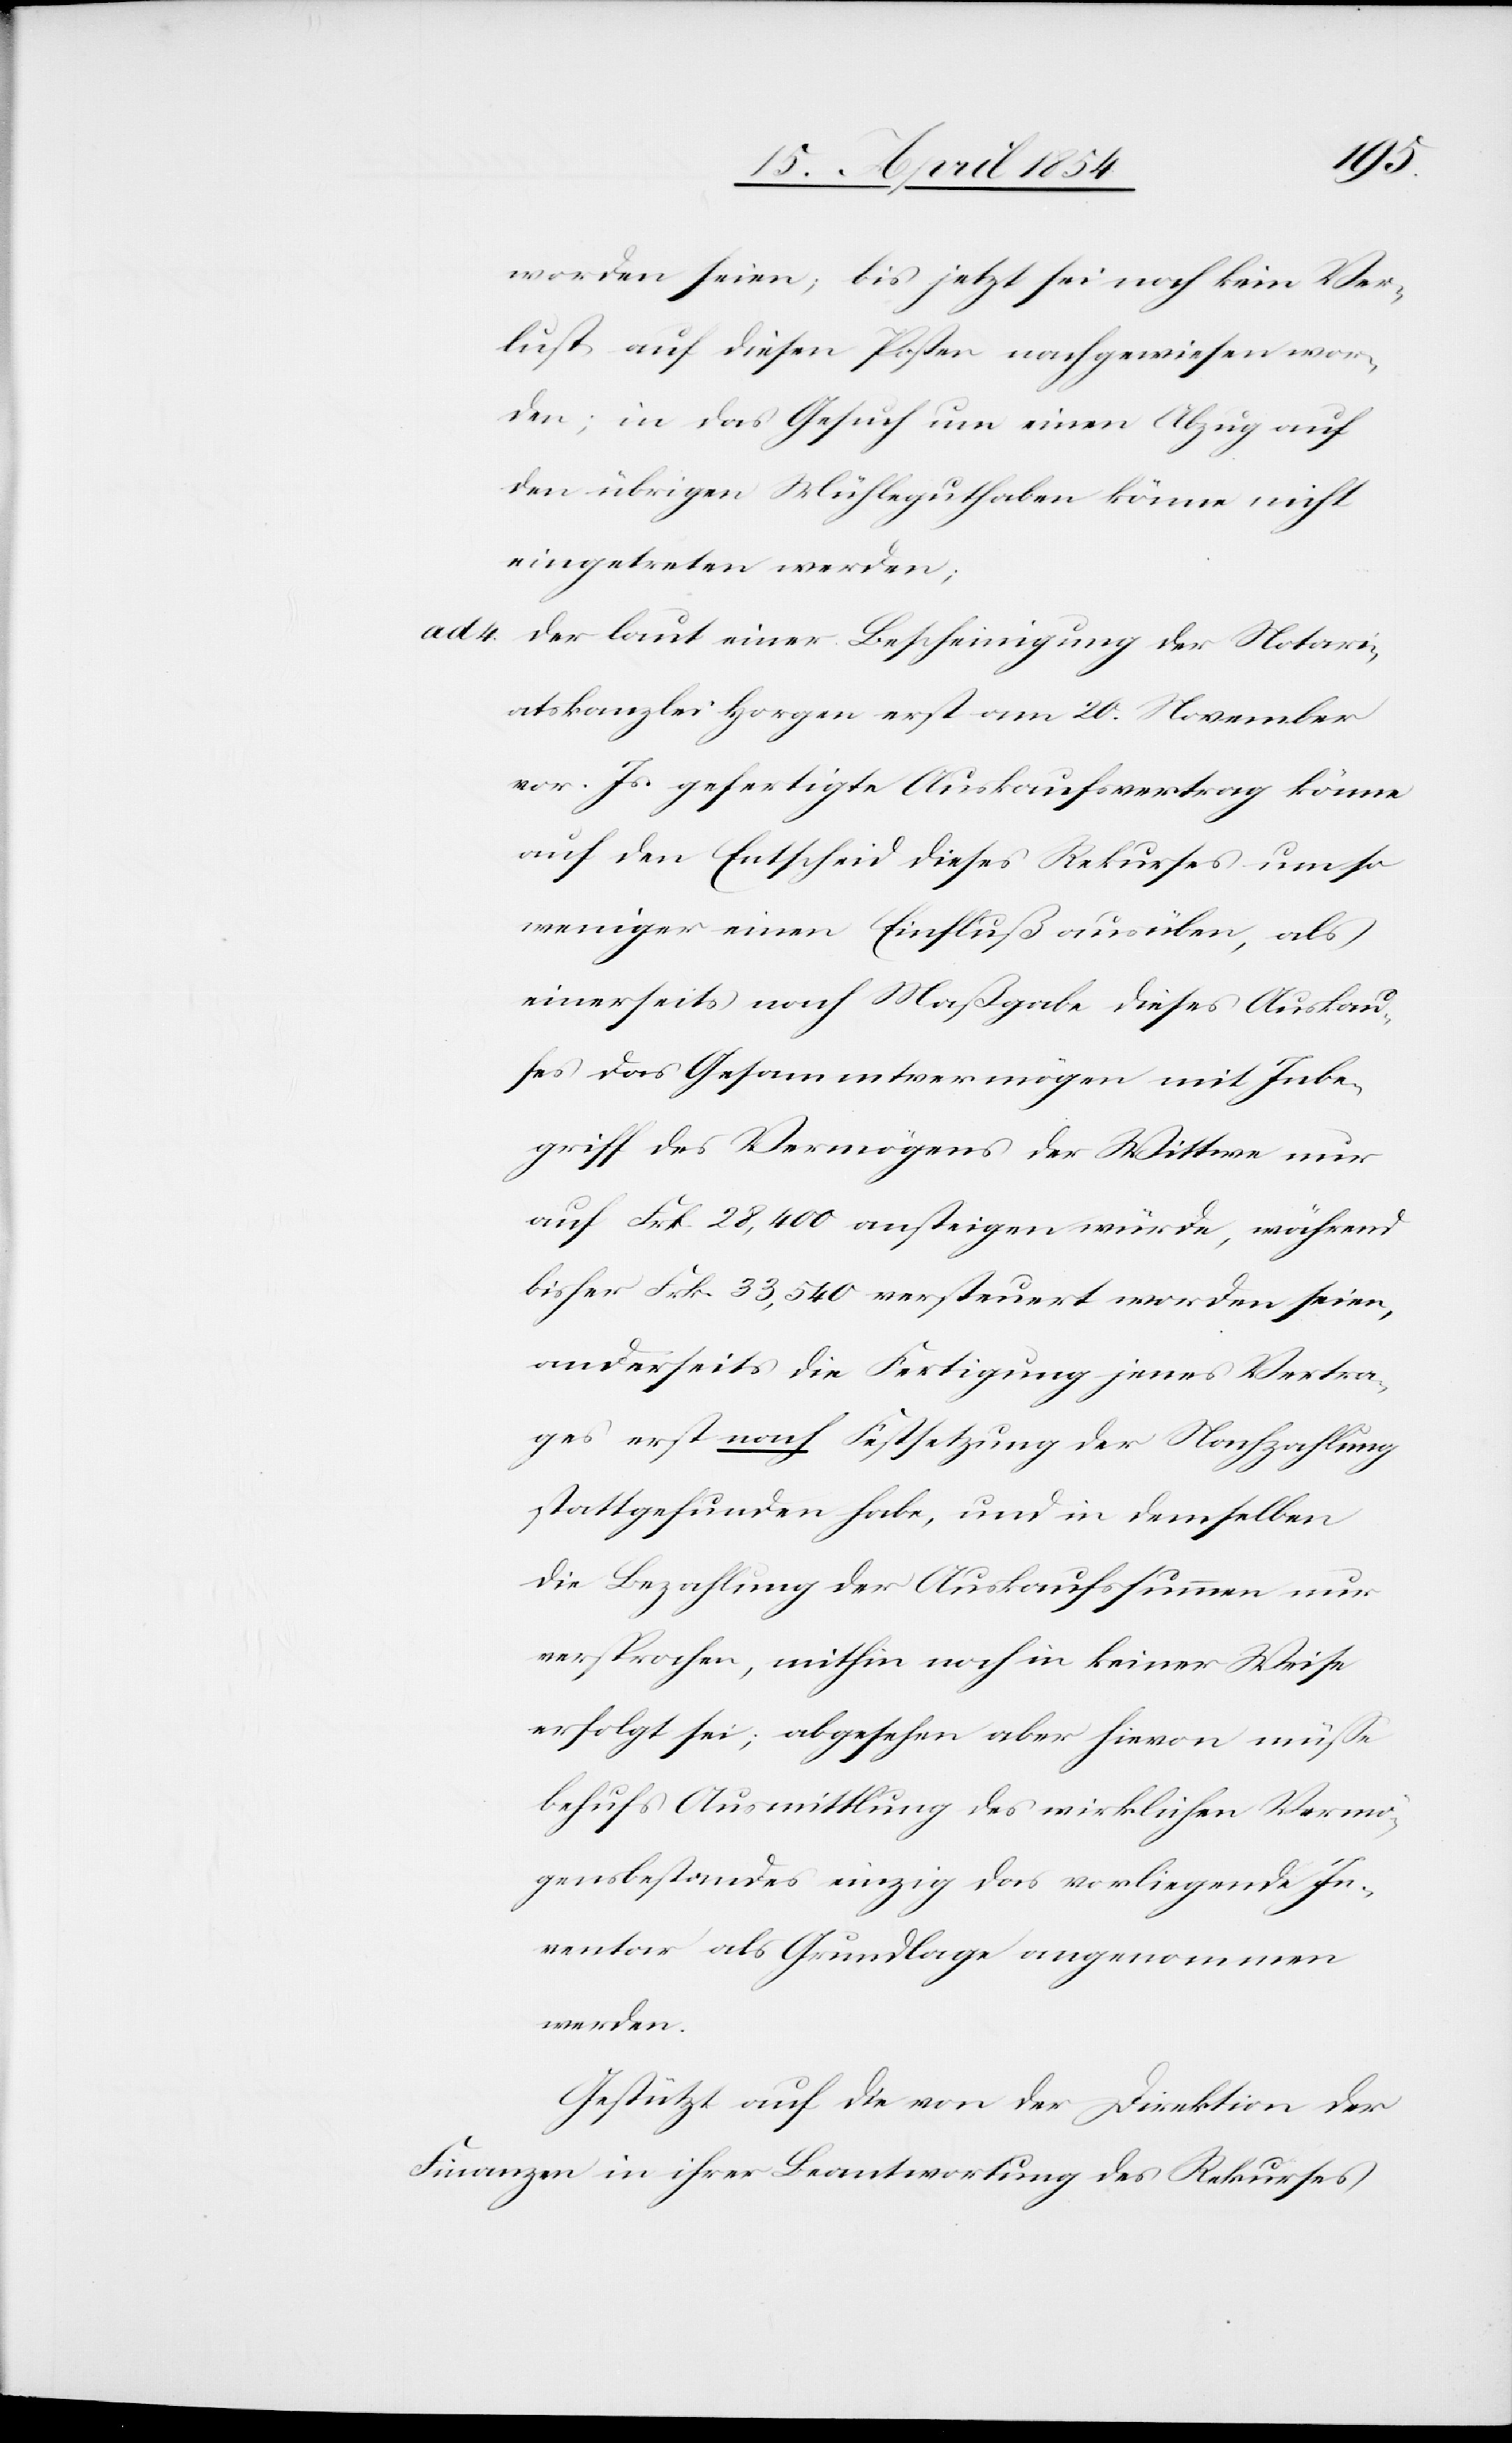
worden seien; bis jetzt sei noch kein Ver¬
lust auf diesen Posten nachgewiesen wor¬
den; in das Gesuch um einen Abzug auf
den übrigen Mühleguthaben könne nicht
eingetreten werden;
ad 4. der laut einer Bescheinigung der Notari¬
atskanzlei Horgen erst am 20. November
vor. Js. gefertigte Auskaufsvertrag könne
auf den Entscheid dieses Rekurses umso
weniger einen Einfluß ausüben, als
einerseits nach Maßgabe dieses Auskau¬
fes das Gesammtvermögen mit Inbe¬
griff des Vermögens der Wittwe nur
auf Frk. 28,400 ansteigen würde, während
bisher Frk. 33,540 versteuert worden seien,
anderseits die Fertigung jenes Vertra¬
ges erst nach Festsetzung der Nachzahlung
stattgefunden habe, und in demselben
die Bezahlung der Auskaufssummen nur
versprochen, mithin noch in keiner Weise
erfolgt sei; abgesehen aber hievon müße
behufs Ausmittlung des wirklichen Vermö¬
gensbestandes einzig das vorliegende In¬
ventar als Grundlage angenommen
werden.
Gestützt auf die von der Direktion der
Finanzen in ihrer Beantwortung des Rekurses